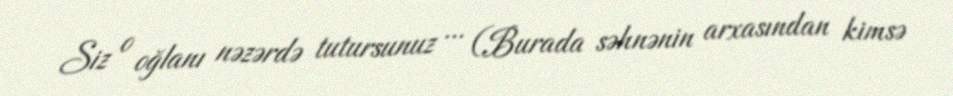
Siz o oğlanı nəzərdə tutursunuz ... (Burada səhnənin arxasından kimsə